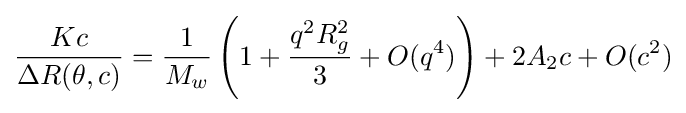
{\frac {Kc}{\Delta R(\theta ,c)}}={\frac {1}{M_{w}}}\left(1+{\frac {q^{2}R_{g}^{2}}{3}}+O(q^{4})\right)+2A_{2}c+O(c^{2})